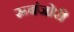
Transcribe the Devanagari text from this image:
रूबंजोरी